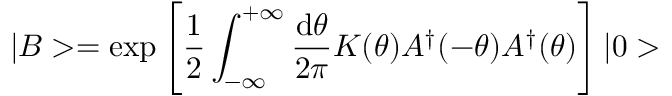
| B > = \exp \left[ \frac { 1 } { 2 } \int _ { - \infty } ^ { + \infty } \frac { \mathrm { d } \theta } { 2 \pi } K ( \theta ) A ^ { \dagger } ( - \theta ) A ^ { \dagger } ( \theta ) \right] | 0 >